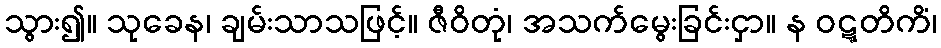
သွား၍။ သုခေန၊ ချမ်းသာသဖြင့်။ ဇီဝိတုံ၊ အသက်မွေးခြင်းငှာ။ န ဝဋ္ဋတိကိံ၊